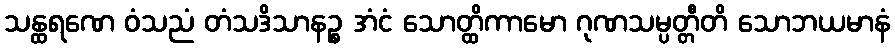
သန္ထရဏေ ဝံသညံ တံသဒိသာနဉ္စ အံငံ သောတ္ထိကာမော ဂုဏသမ္ပတ္တီတိ သောဘယမာနံ